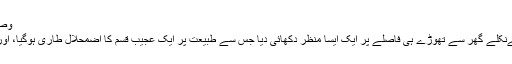
وصیل خان 02/05/2018
گذشتہ دنوں ہم دفتر کیلئےنکلے گھر سے تھوڑے ہی فاصلے پر ایک ایسا منظر دکھائی دیا جس سے طبیعت پر ایک عجیب قسم کا اضمحلال طاری ہوگیا، اور دیر تک دل بوجھل رہا۔